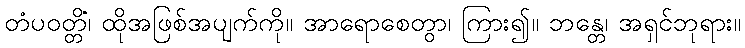
တံပဝတ္တိံ၊ ထိုအဖြစ်အပျက်ကို။ အာရောစေတွာ၊ ကြား၍။ ဘန္တေ၊ အရှင်ဘုရား။